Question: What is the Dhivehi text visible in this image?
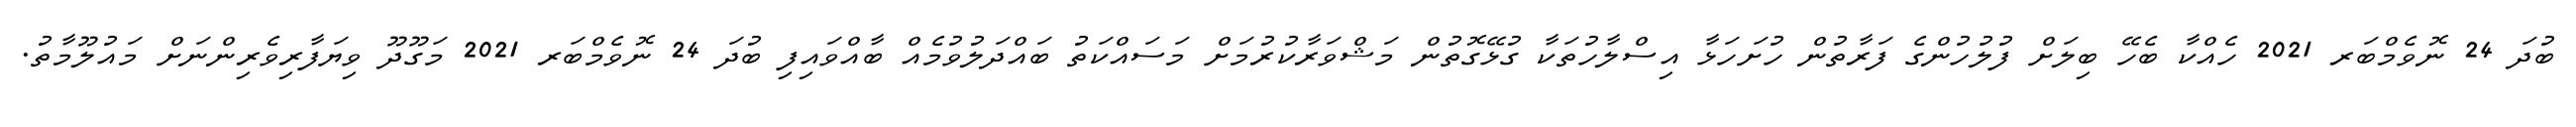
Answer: ބުދަ 24 ނޮވެމްބަރ 2021 ހެއްކާ ބެހޭ ބިލަށް ފުލުހުންގެ ފަރާތުން ހުށަހަޅާ އިސްލާހުތަކާ ގުޅޭގޮތުން މަޝްވަރާކުރުމަށް މަސައްކަތު ބައްދަލުވުމެއް ބާއްވައިފި ބުދަ 24 ނޮވެމްބަރ 2021 މަގޫދޫ ވިޔަފާރިވެރިންނަށް މައުލޫމާތު.